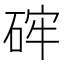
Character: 𥒪